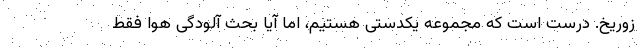
زوریخ. درست است که مجموعه یکدستی هستیم، اما آیا بحث آلودگی هوا فقط